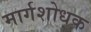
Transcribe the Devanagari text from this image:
मार्गशोधक